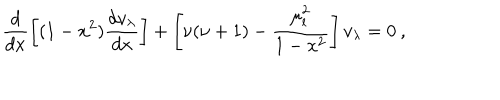
LaTeX: \frac { d } { d x } \left[ ( 1 - x ^ { 2 } ) \frac { d v _ { \lambda } } { d x } \right] + \left[ \nu ( \nu + 1 ) - \frac { \mu _ { l } ^ { 2 } } { 1 - x ^ { 2 } } \right] v _ { \lambda } = 0 \: ,